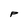
Character: P